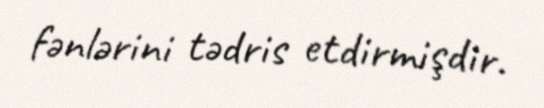
fənlərini tədris etdirmişdir.